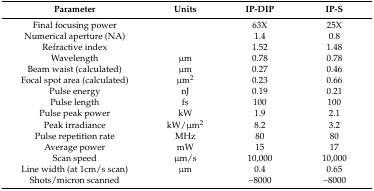
| Parameter | Units | IP-DIP | IP-S |
 | --- | --- | --- | --- |
 | Final focusing power |  | 63X | 25X |
 | Numerical aperture (NA) |  | 1.4 | 0.8 |
 | Refractive index |  | 1.52 | 1.48 |
 | Wavelength | μm | 0.78 | 0.78 |
 | Beam waist (calculated) | μm | 0.27 | 0.46 |
 | Focal spot area (calculated) | μm2 | 0.23 | 0.66 |
 | Pulse energy | nJ | 0.19 | 0.21 |
 | Pulse length | fs | 100 | 100 |
 | Pulse peak power | kW | 1.9 | 2.1 |
 | Peak irradiance | kW/μm2 | 8.2 | 3.2 |
 | Pulse repetition rate | MHz | 80 | 80 |
 | Average power | mW | 15 | 17 |
 | Scan speed | μm/s | 10,000 | 10,000 |
 | Line width (at 1cm/s scan) | μm | 0.4 | 0.65 |
 | Shots/micron scanned |  | ~8000 | ~8000 |